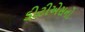
ડીટીએસનો